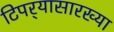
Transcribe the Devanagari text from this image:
टिपर्‍यासारख्या